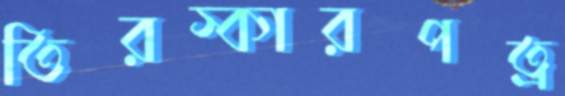
তিরস্কারপত্র